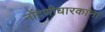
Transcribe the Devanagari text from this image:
नोंदणीधारकांना